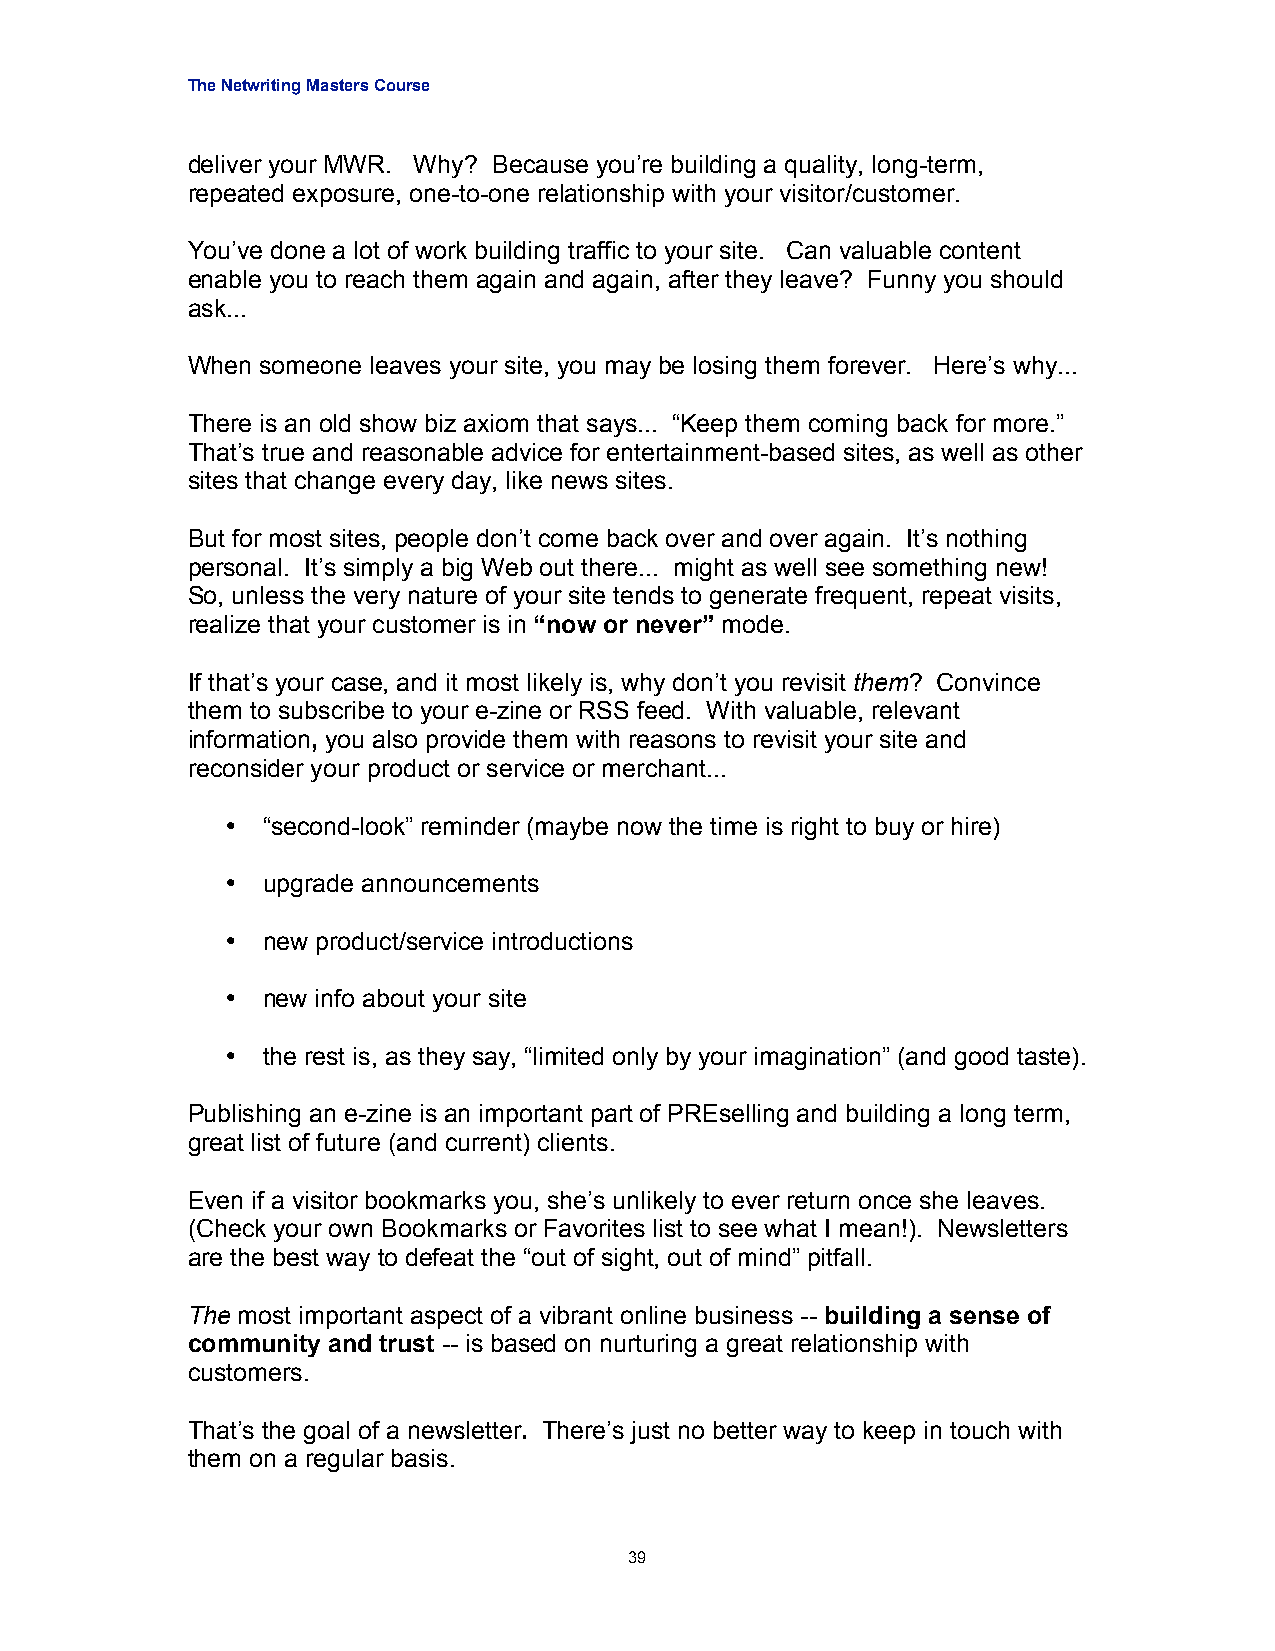
The Netwriting Masters Course
 deliver your MWR. Why? Because you’re building a quality, long-term,
 repeated exposure, one-to-one relationship with your visitor/customer.
 You’ve done a lot of work building traffic to your site. Can valuable content
 enable you to reach them again and again, after they leave? Funny you should
 ask...
 When someone leaves your site, you may be losing them forever. Here’s why...
 There is an old show biz axiom that says... “Keep them coming back for more.”
 That’s true and reasonable advice for entertainment-based sites, as well as other
 sites that change every day, like news sites.
 But for most sites, people don’t come back over and over again. It’s nothing
 personal. It’s simply a big Web out there... might as well see something new!
 So, unless the very nature of your site tends to generate frequent, repeat visits,
 realize that your customer is in “now or never” mode.
 If that’s your case, and it most likely is, why don’t you revisit them? Convince
 them to subscribe to your e-zine or RSS feed. With valuable, relevant
 information, you also provide them with reasons to revisit your site and
 reconsider your product or service or merchant...
 • “second-look” reminder (maybe now the time is right to buy or hire)
 • upgrade announcements
 • new product/service introductions
 • new info about your site
 • the rest is, as they say, “limited only by your imagination” (and good taste).
 Publishing an e-zine is an important part of PREselling and building a long term,
 great list of future (and current) clients.
 Even if a visitor bookmarks you, she’s unlikely to ever return once she leaves.
 (Check your own Bookmarks or Favorites list to see what I mean!). Newsletters
 are the best way to defeat the “out of sight, out of mind” pitfall.
 The most important aspect of a vibrant online business -- building a sense of
 community and trust -- is based on nurturing a great relationship with
 customers.
 That’s the goal of a newsletter. There’s just no better way to keep in touch with
 them on a regular basis.
 39